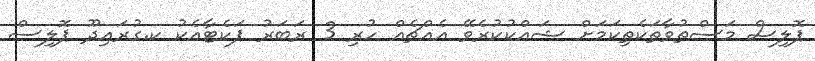
ޕޮލިސް މަސްތުވާތަކެތިކަމަށް ޝައްކުކުރެވޭ އެއްޗެއް ހުރި 3 ރަބަރު ޕަކެޓާއެކު ކ.ގުރައިދޫ ޕޮލިސް